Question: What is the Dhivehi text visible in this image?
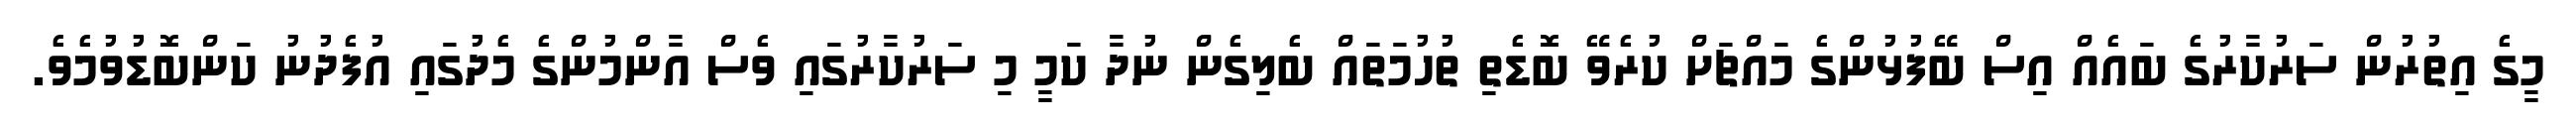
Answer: މީގެ އިތުރުން ސަރުކާރުގެ ބައެއް އިސް ބޭފުޅުންގެ މައްޗަށް ކުރެވޭ ބޮޑެތި ތުހުމަތައް ބެލިގެން ނުދާ ކަމީ މި ސަރުކާރުގައި ވެސް އާންމުންގެ މެދުގައި އުފެދުނު ކަންބޮޑުވުމެވެ.